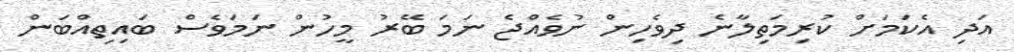
އަދި އެކަމަށް ކުރިމަތިލާނެ ދިވެހިން ނުވެއްޖެ ނަމަ ބޭރު މީހުން ނަމަވެސް ބައިތިއްބަން